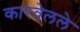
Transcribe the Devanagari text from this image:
कारवेलले